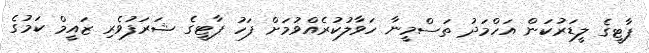
ޕާޓީގެ ލީޑަރުކަން އަހްމަދު ތަސްމީނާ ހަވާލުކުރެއްވުމަށް ފަހު ޕާޓީގެ ޝަރަފުވެރި ޒައީމް ކަމުގެ